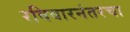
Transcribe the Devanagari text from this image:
रविवारनंतरचा